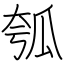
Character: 瓠